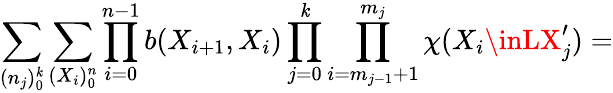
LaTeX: \sum_{(n_{j})_{0}^{\mathit{k}}}\sum_{(X_{i})_{0}^{n}}\prod_{i=0}^{n-1}b(X_{i+1},X_{i})\prod_{j=0}^{\mathit{k}}\prod_{i=m_{j-1}+1}^{m_{j}}\chi(X_{i}\inLX_{j}^{\prime})=